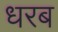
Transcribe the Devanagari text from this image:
धरब